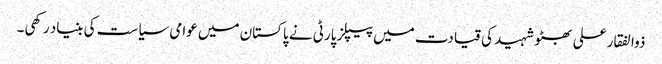
ذوالفقار علی بھٹو شہید کی قیادت میں پیپلز پارٹی نے پاکستان میں عوامی سیاست کی بنیاد رکھی۔